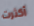
أكثرت